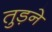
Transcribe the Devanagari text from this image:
तुड़ने